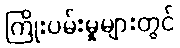
ကြိုးပမ်းမှုများတွင်